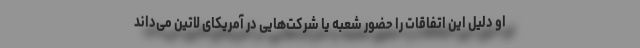
او دلیل این اتفاقات را حضور شعبه یا شرکت‌هایی در آمریکای لاتین می‌داند